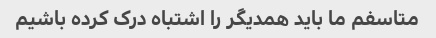
متاسفم ما باید همدیگر را اشتباه درک کرده باشیم